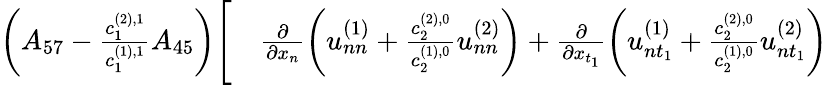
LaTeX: \begin{array}{rl}{\left(A_{57}-\frac{c_{1}^{(2),1}}{c_{1}^{(1),1}}A_{45}\right)\Bigg[}&{{}\frac{\partial}{\partial x_{n}}\left(u_{nn}^{(1)}+\frac{c_{2}^{(2),0}}{c_{2}^{(1),0}}u_{nn}^{(2)}\right)+\frac{\partial}{\partial x_{t_{1}}}\left(u_{nt_{1}}^{(1)}+\frac{c_{2}^{(2),0}}{c_{2}^{(1),0}}u_{nt_{1}}^{(2)}\right)}\end{array}